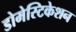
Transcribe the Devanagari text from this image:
डोमेस्टिकेशन